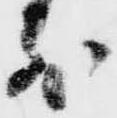
前